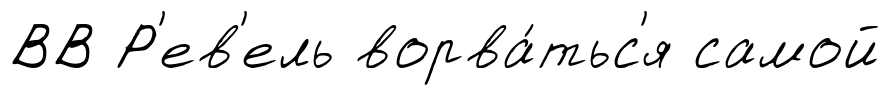
ВВ Р'ев'ель ворва́тьс'я самой